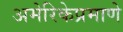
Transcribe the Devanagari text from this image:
अमेरिकेप्रमाणे